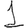
Digit: 1